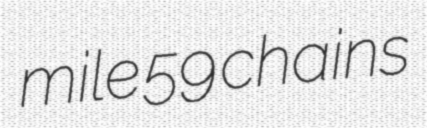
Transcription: mile 59 chains